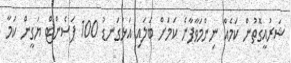
ޝަރުއީގޮތުން ކަމެއް ނިންމަވާފާނެ ކަމަށް ބަލައި އަޅުގަނޑު 100 ޕަސެންޓް ޔަގީން ކަމާ